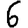
Digit: 6